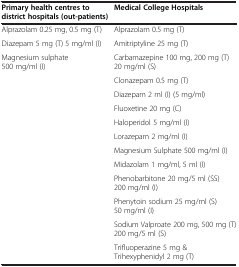
<table><thead><tr><td><b>Primary health centres to district hospitals (out-patients)</b></td><td><b>Medical College Hospitals</b></td></tr></thead><tbody><tr><td>Alprazolam 0.25 mg, 0.5 mg (T)</td><td>Alprazolam 0.5 mg (T)</td></tr><tr><td>Diazepam 5 mg (T) 5 mg/ml (I)</td><td>Amitriptyline 25 mg (T)</td></tr><tr><td>Magnesium sulphate 500 mg/ml (I)</td><td>Carbamazepine 100 mg, 200 mg (T) 20 mg/ml (S)</td></tr><tr><td> </td><td>Clonazepam 0.5 mg (T)</td></tr><tr><td> </td><td>Diazepam 2 ml (I) (5 mg/ml)</td></tr><tr><td> </td><td>Fluoxetine 20 mg (C)</td></tr><tr><td> </td><td>Haloperidol 5 mg/ml (I)</td></tr><tr><td> </td><td>Lorazepam 2 mg/ml (I)</td></tr><tr><td> </td><td>Magnesium Sulphate 500 mg/ml (I)</td></tr><tr><td> </td><td>Midazolam 1 mg/ml, 5 ml (I)</td></tr><tr><td> </td><td>Phenobarbitone 20 mg/5 ml (SS) 200 mg/ml (I)</td></tr><tr><td> </td><td>Phenytoin sodium 25 mg/ml (S) 50 mg/ml (I)</td></tr><tr><td> </td><td>Sodium Valproate 200 mg, 500 mg (T) 200 mg/5 ml (S)</td></tr><tr><td> </td><td>Trifluoperazine 5 mg &amp; Trihexyphenidyl 2 mg (T)</td></tr></tbody></table>